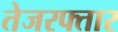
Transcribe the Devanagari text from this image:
तेजरफ्तार